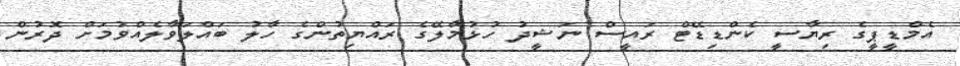
އެމްޑީޕީގެ ރިޔާސީ ކެންޑިޑޭޓް ރައީސް ނަޝީދު ހުޅުމާލޭގެ ރައްޔިތުންގެ ހާލު ބައްލަވާލެއްވުމަށް ދޮރުން